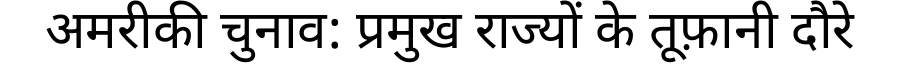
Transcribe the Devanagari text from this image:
अमरीकी चुनाव: प्रमुख राज्यों के तूफ़ानी दौरे